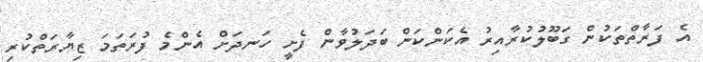
އެ ފަރާތްތަކުން ގަބޫލުކުރާއިރު އެކަންކަން ބަދަލުވާން ފެށީ ހަނދަށް އެންމެ ފުރަތަމަ ޒިޔާރަތްކުރި